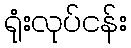
ရုံးလုပ်ငန်း